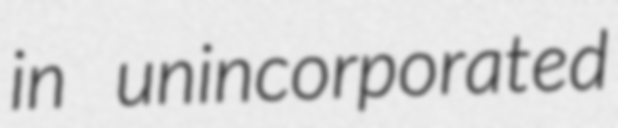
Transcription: in unincorporated